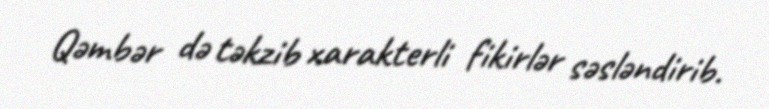
Qəmbər də təkzib xarakterli fikirlər səsləndirib.